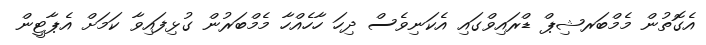
އެގޮތުން މެމްބަރޝިޕް ޑްރައިވްގައި އެކަނިވެސް ދިހަ ހާހެއްހާ މެމްބަރުން ގުޅިފައިވާ ކަމަށް އެޕާޓީން